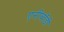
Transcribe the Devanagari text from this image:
एनीबॉडी